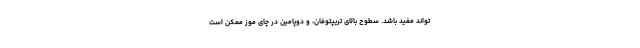
تواند مفید باشد. سطوح بالای تریپتوفان، و دوپامین در چای موز ممکن است